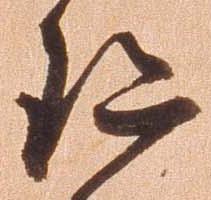
珍